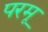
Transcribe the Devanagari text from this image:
परमू